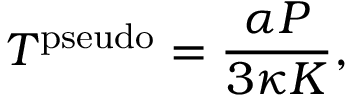
T ^ { \mathrm { p s e u d o } } = \frac { \alpha P } { 3 \kappa K } ,